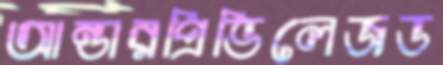
আন্ডারপ্রিভিলেজড